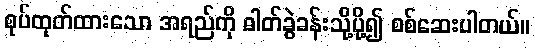
စုပ်ထုတ်ထားသော အရည်ကို ဓါတ်ခွဲခန်းသို့ပို့၍ စစ်ဆေးပါတယ်။